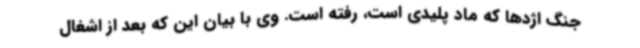
جنگ اژدها که ماد پلیدی است، رفته است. وی با بیان این که بعد از اشغال